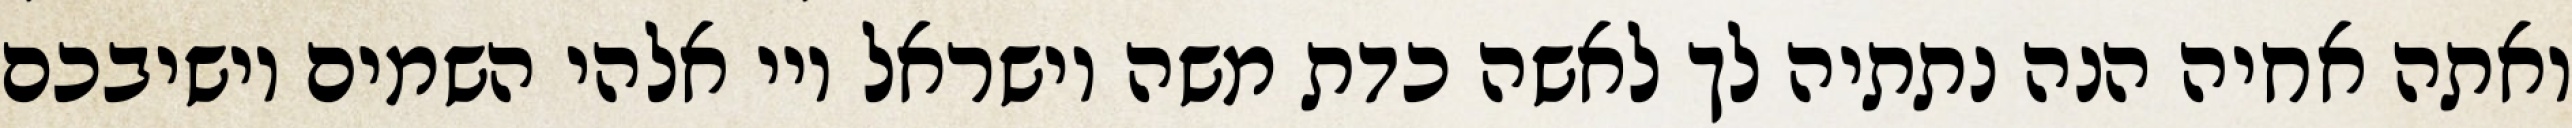
ואתה אחיה הנה נתתיה לך לאשה כדת משה וישראל ויי אלהי השמים יושיבכם